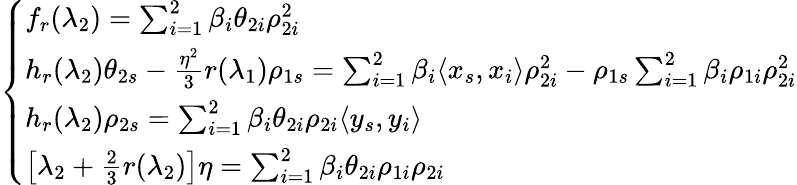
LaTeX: \left\{ \begin{array}{ll}{f_{r}(\lambda_{2})=\sum_{i=1}^{2}\beta_{i}\theta_{2i}\rho_{2i}^{2}}\\ {h_{r}(\lambda_{2})\theta_{2s}-\frac{\eta^{2}}{3}r(\lambda_{1})\rho_{1s}=\sum_{i=1}^{2}\beta_{i}\langle x_{s},x_{i}\rangle\rho_{2i}^{2}-\rho_{1s}\sum_{i=1}^{2}\beta_{i}\rho_{1i}\rho_{2i}^{2}}\\ {h_{r}(\lambda_{2})\rho_{2s}=\sum_{i=1}^{2}\beta_{i}\theta_{2i}\rho_{2i}\langle y_{s},y_{i}\rangle}\\ {\left[\lambda_{2}+\frac 23r(\lambda_{2})\right]\eta=\sum_{i=1}^{2}\beta_{i}\theta_{2i}\rho_{1i}\rho_{2i}}\end{array}\right.